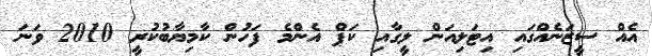
އެއް ސީޒަނެއްގައި އިޓަލިއަން ލީގާއި ކަޕް އެންމެ ފަހުން ކާމިޔާބުކުރީ 2010 ވަނަ